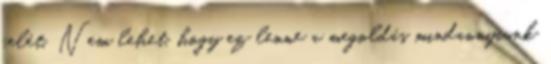
felét. Nem lehet, hogy ez lenne a megoldás mindannyiunk